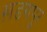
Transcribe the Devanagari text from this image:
ख़डगपुर